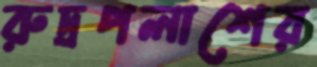
রুদ্রপলাশের